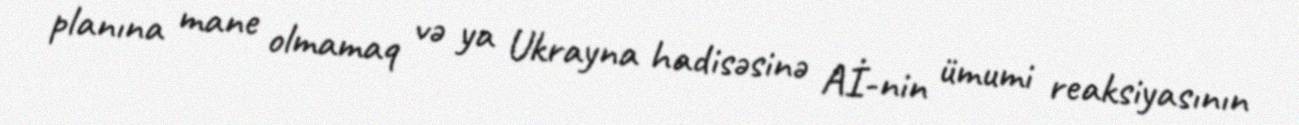
planına mane olmamaq və ya Ukrayna hadisəsinə Aİ-nin ümumi reaksiyasının